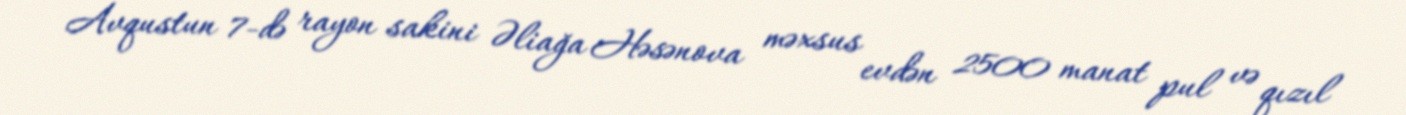
Avqustun 7-də rayon sakini Əliağa Həsənova məxsus evdən 2500 manat pul və qızıl